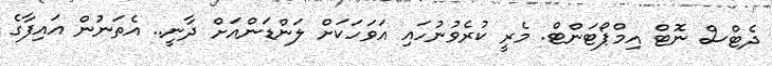
ދެޓްސް ނޮޓް އިމްޕޯޓަންޓް. މެރީ ކުރެވުނުހައި އަވަހަކަށް ލަންޑަންއަށް ދާނީ.. އެތަނުން އައިފާގެ